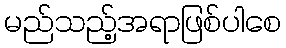
မည်သည့်အရာဖြစ်ပါစေ